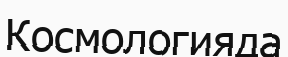
Космологияда